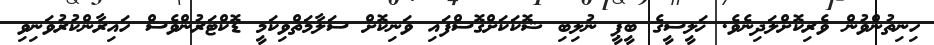
ހިނިތުންވުން ވެރިކޮށްލަދިނެވެ. ޚަލީސީގެ ބީޕީ ނުލިބި ޝޮކަކަށްގޮސްފައި ވަނިކޮށް ސަލާމަތްވިކަމީ ޑޮކްޓަރުންވެސް ހައިރާންކުރުވަނިވި